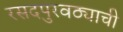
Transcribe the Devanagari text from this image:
रसदपुरवठ्याची